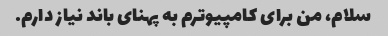
سلام، من برای کامپیوترم به پهنای باند نیاز دارم.